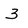
Character: 3